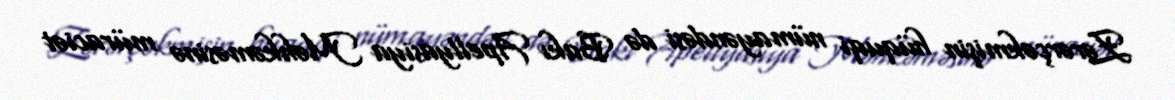
Zərərçəkmişin hüquqi nümayəndəsi də Bakı Apellyasiya Məhkəməsinə müraciət